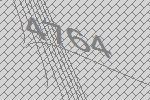
4764